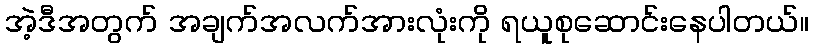
အဲ့ဒီအတွက် အချက်အလက်အားလုံးကို ရယူစုဆောင်းနေပါတယ်။